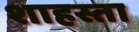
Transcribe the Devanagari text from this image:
शाहस्ता